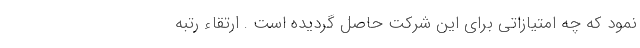
نمود که چه امتیازاتی برای این شرکت حاصل گردیده است . ارتقاء رتبه